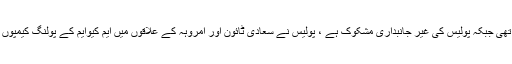
انہوں نے کہاکہ پولنگ والے دن صبح سے رینجرز موجود نہیں تھی جبکہ پولیس کی غیر جانبداری مشکوک ہے ، پولیس نے سعادی ٹائون اور امروہہ کے علاقوں میں ایم کیوایم کے پولنگ کیمپوں کا اکھاڑا جبکہ انتظامیہ اس صورتحال پر جانبدار بنی رہی ہے ۔